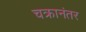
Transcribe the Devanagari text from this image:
चक्रानंतर